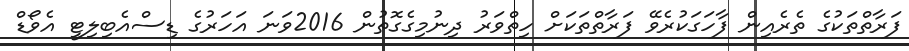
ފަރާތްތަކުގެ ތެރެއިން ފާހަގަކުރެވޭ ފަރާތްތަކަށް ހިތްވަރު ދިނުމިގެގޮތުން 2016ވަނަ އަހަރުގެ ޑިސްއެބިލިޓީ އެވޯޑް